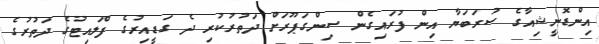
އިންޑޮނީޝިއާގެ ސުރަބަޔާ އިން ފުރައިގެން ސިންގަޕޫރަށް ދަތުރުކުރި ދެ ގަޑީއިރުގެ ފްލައިޓުގެ ދަތުރުގެ